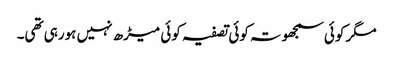
مگر کوئی سمجھوتہ کوئی تصفیہ کوئی میڑھ نہیں ہورہی تھی۔